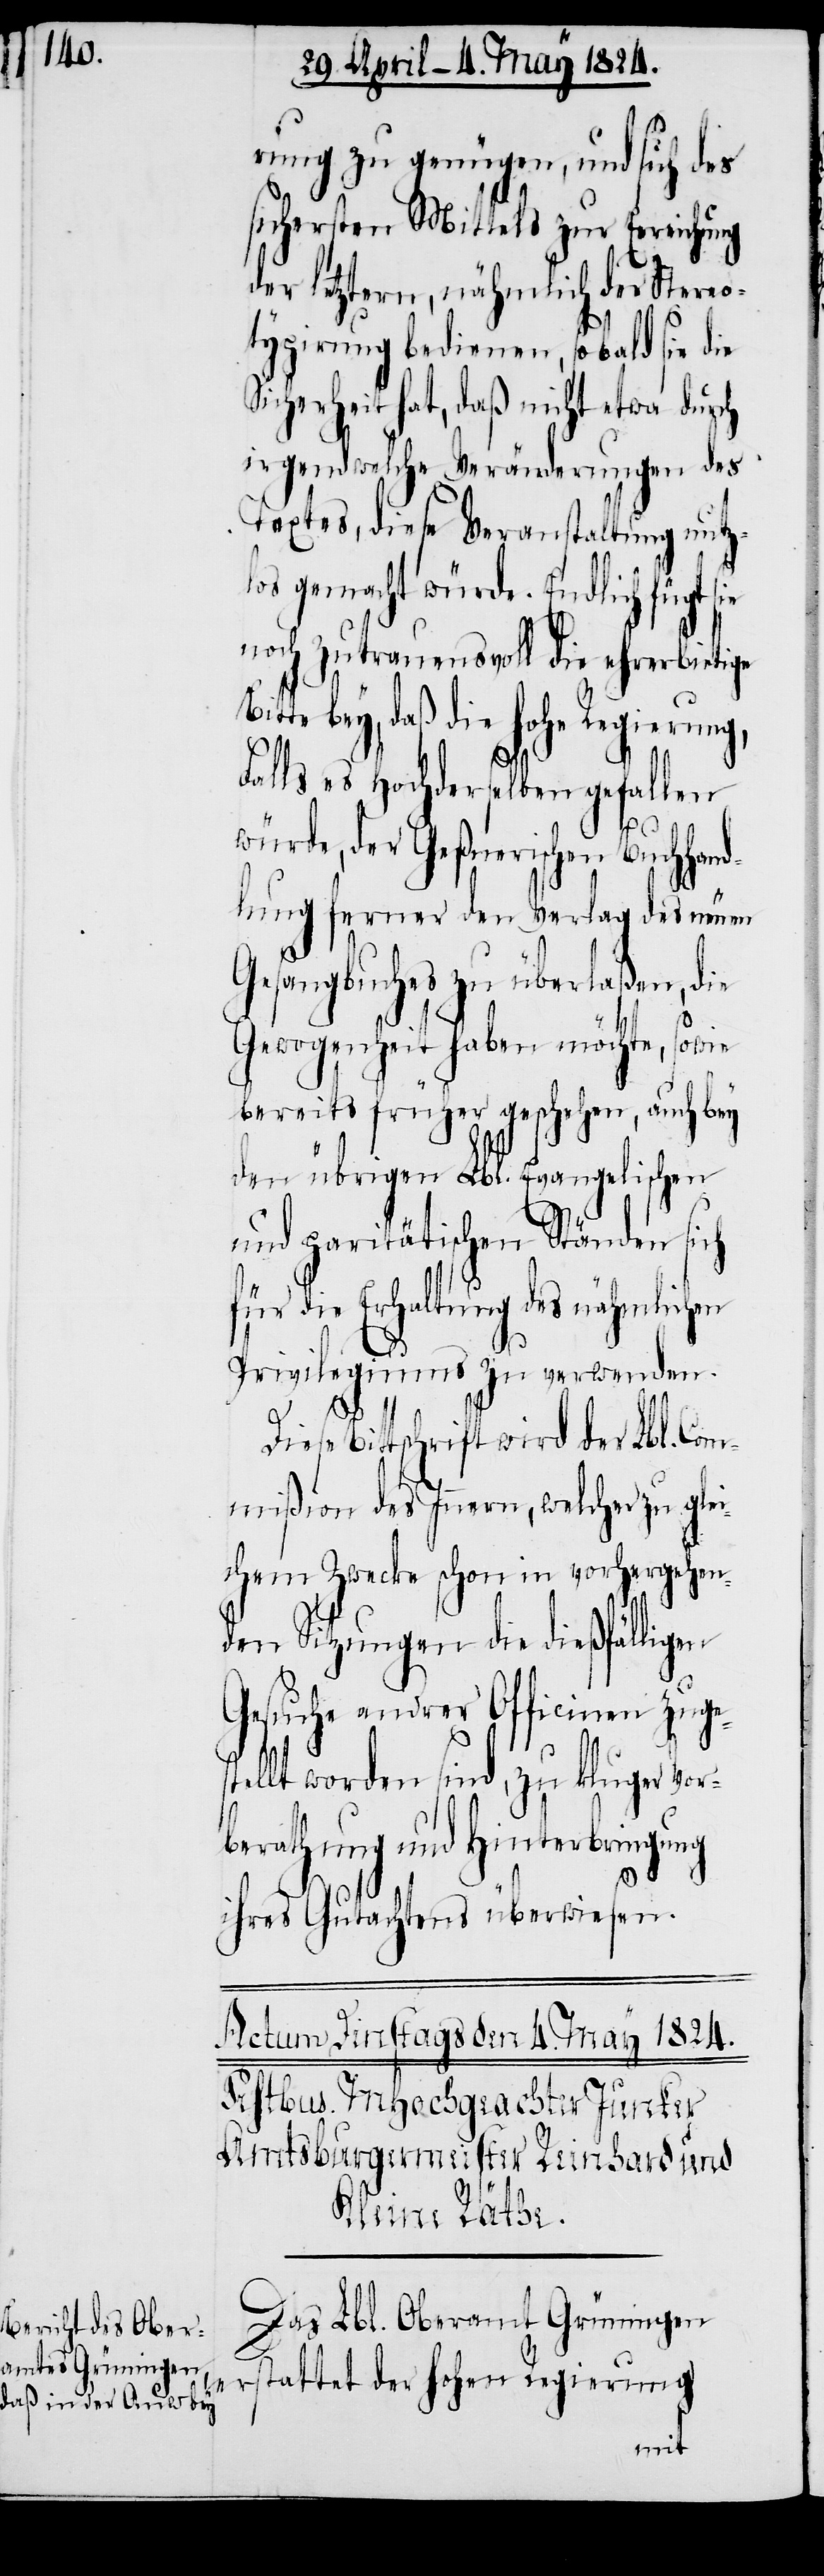
rung zu genügen, und sich des
sichersten Mittels zur Erreichung
der letztern, nähmlich der Stereo¬
typirung bedienen, so bald sie die
Sicherheit hat, daß nicht etwa durch
irgendwelche Veränderungen des
Textes, diese Veranstaltung nutz¬
los gemacht würde. Endlich fügt sie
noch zutrauensvoll die ehrerbietige
bey, daß die hohe
Falls es Hochderselben gefallen
würde, der Geßnerischen Buchhan¬
dlung ferner den Verlag des neuen
Gesangbuches zu überlaßen, die
Gewogenheit haben möchte, sowie
bereits früher geschehen, auch bey
den übrigen Lbl. Evangelischen
und paritätischen Ständen sich
für die Erhaltung des nähmlichen
Privilegiums zu verwenden.
Bittschrift wird der Lbl. Com¬
mißion des Innern, welcher zu glei¬
chem Zwecke schon in vorhergehen¬
den Sitzungen die dießfälligen
Gesuche andrer Officiere zuges¬
tellt worden sind, zu kluger Vor¬
berathung und Hinterbringung
ihres Gutachtens überwiesen.
Das Lbl. Oberamt Grüningen
erstattet der hohen Regierung